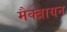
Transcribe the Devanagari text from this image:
मैक्ब्रायन